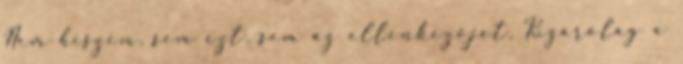
Nem hiszem, sem ezt, sem az ellenkezőjét. Kizárólag a